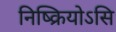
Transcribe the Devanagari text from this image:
निष्क्रियोऽसि